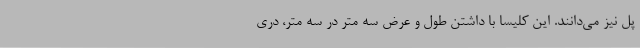
پل نیز می‌دانند. این کلیسا با داشتن طول و عرض سه متر در سه متر، دری